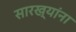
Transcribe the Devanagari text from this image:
सारख्यांना